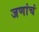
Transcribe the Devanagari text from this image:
जणांचं